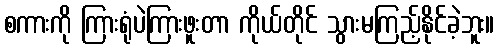
စကားကို ကြားရုံပဲကြားဖူးတာ ကိုယ်တိုင် သွားမကြည့်နိုင်ခဲ့ဘူး။